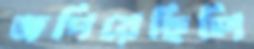
জপিয়েছিলি